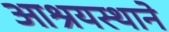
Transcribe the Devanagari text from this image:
आश्रयस्थाने